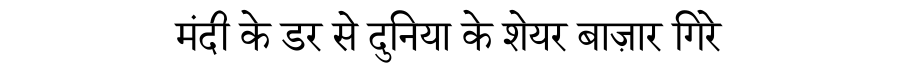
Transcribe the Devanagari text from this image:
मंदी के डर से दुनिया के शेयर बाज़ार गिरे